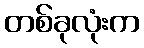
တစ်ခုလုံးက